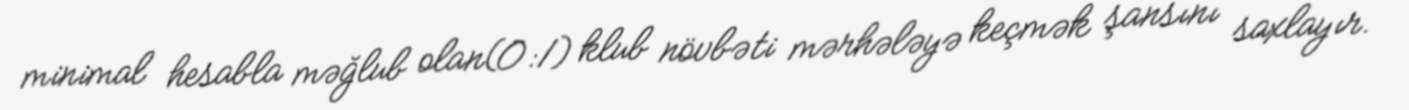
minimal hesabla məğlub olan(0:1) klub növbəti mərhələyə keçmək şansını saxlayır.